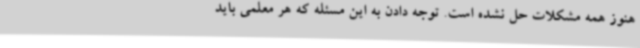
هنوز همه مشکلات حل نشده است. توجه دادن به این مسئله که هر معلمی باید